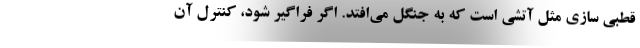
قطبی سازی مثل آتشی است که به جنگل می‌افتد. اگر فراگیر شود، کنترل آن